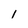
Character: I